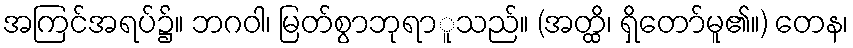
အကြင်အရပ်၌။ ဘဂဝါ၊ မြတ်စွာဘုရာူသည်။ (အတ္ထိ၊ ရှိတော်မူ၏။) တေန၊